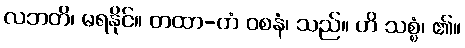
လဘတိ၊ မရနိုင်။ တထာ-တံ ဝစနံ၊ သည်။ ဟိ သစ္စံ၊ ၏။